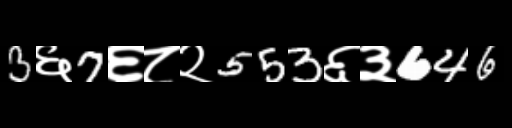
Text: 3६7६८२553६३646